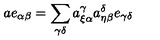
a e _ { \alpha \beta } = \sum _ { \gamma \delta } a _ { \xi \alpha } ^ { \gamma } a _ { \eta \beta } ^ { \delta } e _ { \gamma \delta }